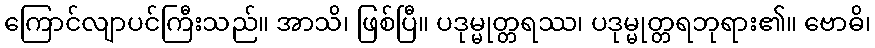
ကြောင်လျာပင်ကြီးသည်။ အာသိ၊ ဖြစ်ပြီ။ ပဒုမ္မုတ္တရဿ၊ ပဒုမ္မုတ္တရဘုရား၏။ ဗောဓိ၊